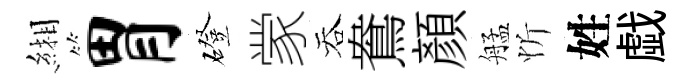
緗胃磴䝉吞鴦顔艋忻姓戯